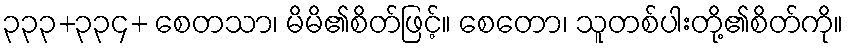
၃၃၃+၃၃၄+ စေတသာ၊ မိမိ၏စိတ်ဖြင့်။ စေတော၊ သူတစ်ပါးတို့၏စိတ်ကို။